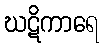
ဃဋိကာရေ